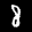
Label: 8